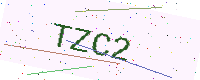
Text: TZC2